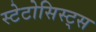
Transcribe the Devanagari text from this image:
स्टेटोसिस्ट्स